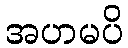
အဟမပိ